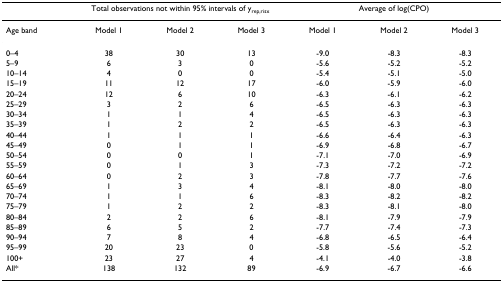
<table><thead><tr><td></td><td colspan="3"><b>Total observations not within 95% intervals of y<sub>rep,risx</sub></b></td><td colspan="3"><b>Average of log(CPO)</b></td></tr></thead><tbody><tr><td>Age band</td><td>Model 1</td><td>Model 2</td><td>Model 3</td><td>Model 1</td><td>Model 2</td><td>Model 3</td></tr><tr><td>0–4</td><td>38</td><td>30</td><td>13</td><td>-9.0</td><td>-8.3</td><td>-8.3</td></tr><tr><td>5–9</td><td>6</td><td>3</td><td>0</td><td>-5.6</td><td>-5.2</td><td>-5.2</td></tr><tr><td>10–14</td><td>4</td><td>0</td><td>0</td><td>-5.4</td><td>-5.1</td><td>-5.0</td></tr><tr><td>15–19</td><td>11</td><td>12</td><td>17</td><td>-6.0</td><td>-5.9</td><td>-6.0</td></tr><tr><td>20–24</td><td>12</td><td>6</td><td>10</td><td>-6.3</td><td>-6.1</td><td>-6.2</td></tr><tr><td>25–29</td><td>3</td><td>2</td><td>6</td><td>-6.5</td><td>-6.3</td><td>-6.3</td></tr><tr><td>30–34</td><td>1</td><td>1</td><td>4</td><td>-6.5</td><td>-6.3</td><td>-6.3</td></tr><tr><td>35–39</td><td>1</td><td>2</td><td>2</td><td>-6.5</td><td>-6.3</td><td>-6.3</td></tr><tr><td>40–44</td><td>1</td><td>1</td><td>1</td><td>-6.6</td><td>-6.4</td><td>-6.3</td></tr><tr><td>45–49</td><td>0</td><td>1</td><td>1</td><td>-6.9</td><td>-6.8</td><td>-6.7</td></tr><tr><td>50–54</td><td>0</td><td>0</td><td>1</td><td>-7.1</td><td>-7.0</td><td>-6.9</td></tr><tr><td>55–59</td><td>0</td><td>1</td><td>3</td><td>-7.3</td><td>-7.2</td><td>-7.2</td></tr><tr><td>60–64</td><td>0</td><td>2</td><td>3</td><td>-7.8</td><td>-7.7</td><td>-7.6</td></tr><tr><td>65–69</td><td>1</td><td>3</td><td>4</td><td>-8.1</td><td>-8.0</td><td>-8.0</td></tr><tr><td>70–74</td><td>1</td><td>1</td><td>6</td><td>-8.3</td><td>-8.2</td><td>-8.2</td></tr><tr><td>75–79</td><td>1</td><td>2</td><td>2</td><td>-8.3</td><td>-8.1</td><td>-8.0</td></tr><tr><td>80–84</td><td>2</td><td>2</td><td>6</td><td>-8.1</td><td>-7.9</td><td>-7.9</td></tr><tr><td>85–89</td><td>6</td><td>5</td><td>2</td><td>-7.7</td><td>-7.4</td><td>-7.3</td></tr><tr><td>90–94</td><td>7</td><td>8</td><td>4</td><td>-6.8</td><td>-6.5</td><td>-6.4</td></tr><tr><td>95–99</td><td>20</td><td>23</td><td>0</td><td>-5.8</td><td>-5.6</td><td>-5.2</td></tr><tr><td>100+</td><td>23</td><td>27</td><td>4</td><td>-4.1</td><td>-4.0</td><td>-3.8</td></tr><tr><td>All*</td><td>138</td><td>132</td><td>89</td><td>-6.9</td><td>-6.7</td><td>-6.6</td></tr></tbody></table>